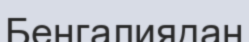
Бенгалиядан